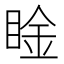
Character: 𥇶